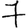
Digit: 7